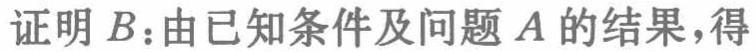
证明$B$：由已知条件及问题$A$的结果，得